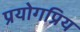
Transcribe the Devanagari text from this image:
प्रयोगप्रिय